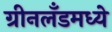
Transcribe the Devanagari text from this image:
ग्रीनलँडमध्ये